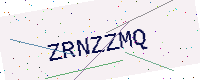
Text: ZRNZZMQ